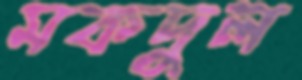
মকদুল